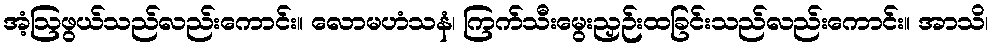
အံ့ဩဖွယ်သည်လည်းကောင်း။ လောမဟံသနံ၊ ကြက်သီးမွေးညှဉ်းထခြင်းသည်လည်းကောင်း။ အာသိ၊